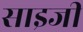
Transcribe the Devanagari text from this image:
साइजी